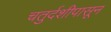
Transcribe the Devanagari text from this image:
चतुर्दशीपासून